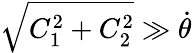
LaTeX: \sqrt{C_{1}^{2}+C_{2}^{2}}\gg\dot{\theta}